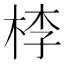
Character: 𣒶